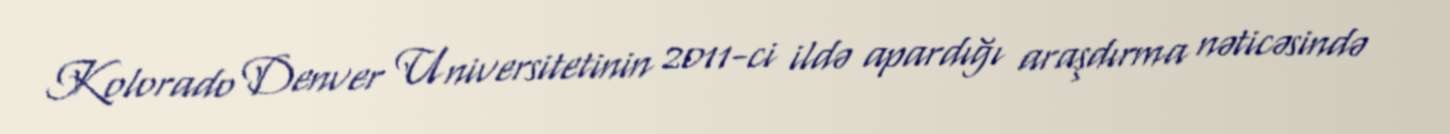
Kolorado Denver Universitetinin 2011-ci ildə apardığı araşdırma nəticəsində